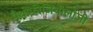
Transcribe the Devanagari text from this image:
पैथोफीजियोलोजी